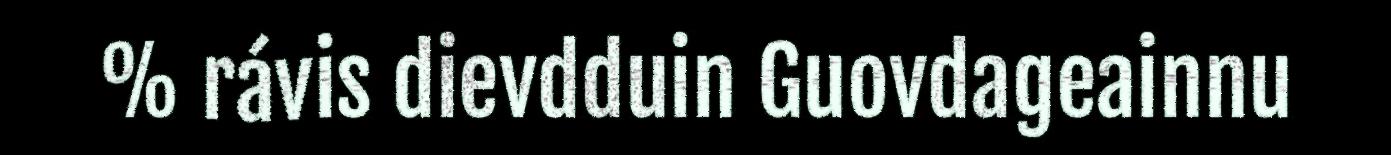
% rávis dievdduin Guovdageainnu